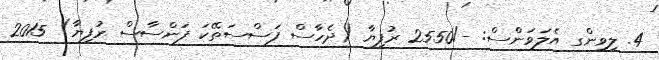
4. ލިވިންގ އެލަވަންސް: -/2550 ރުފިޔާ (ދެހާސް ފަސްސަތޭކަ ފަންސާސް ރުފިޔާ) 2015